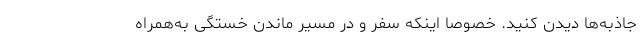
جاذبه‌­ها دیدن کنید. خصوصاً اینکه سفر و در مسیر ماندن خستگی به‌همراه